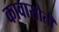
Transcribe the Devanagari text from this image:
कावासोती